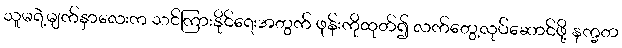
သူမရဲ့မျက်နှာလေးက သင်ကြားနိုင်ရေးအတွက် ဖုန်းကိုထုတ်၍ လက်တွေ့လုပ်ဆောင်ဖို့ နက္ခတ